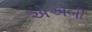
એએબી